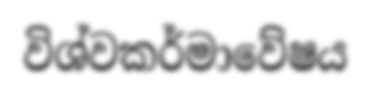
විශ්වකර්මාවේෂය